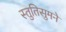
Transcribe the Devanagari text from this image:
स्तुतिसुमने